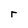
Character: r